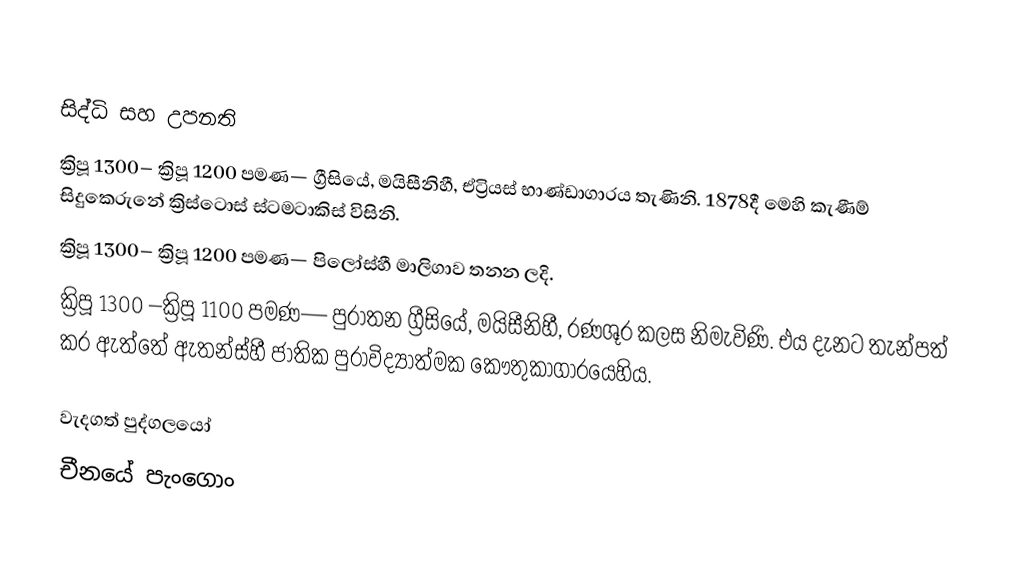

සිද්ධි සහ උපනති
ක්‍රිපූ 1300– ක්‍රිපූ 1200 පමණ— ග්‍රීසියේ, මයිසීනිහී, ඒට්‍රියස් භාණ්ඩාගාරය තැණිනි. 1878දී මෙහි කැණීම් සිදුකෙරුනේ ක්‍රිස්ටොස් ස්ටමටාකිස් විසිනි.
ක්‍රිපූ 1300– ක්‍රිපූ 1200 පමණ— පිලෝස්හී මාලිගාව තනන ලදි.
ක්‍රිපූ 1300 –ක්‍රිපූ 1100  පමණ— පුරාතන ග්‍රීසියේ, මයිසීනිහී, රණශූර  කලස නිමැවිණි. එය දැනට තැන්පත් කර ඇත්තේ  ඇතන්ස්හී ජාතික පුරාවිද්‍යාත්මක කෞතුකාගාරයෙහිය.

වැදගත් පුද්ගලයෝ
 චීනයේ පැංගොං